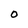
Character: 0